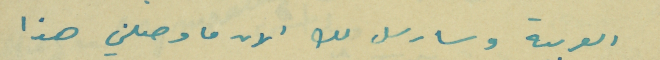
العربية وسارسل لك الان ما وصلني هذا